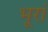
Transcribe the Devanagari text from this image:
भूरां